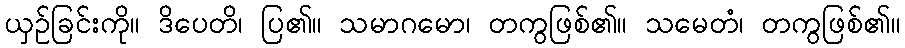
ယှဉ်ခြင်းကို။ ဒိပေတိ၊ ပြ၏။ သမာဂမော၊ တကွဖြစ်၏။ သမေတံ၊ တကွဖြစ်၏။